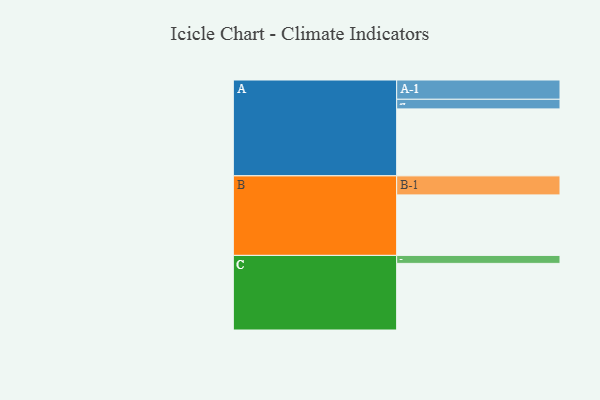
{"axis": {"x": "Segment", "y": "Value"}, "legend": ["", "A", "B", "C"], "data": [{"x": "A", "y": 570, "type": ""}, {"x": "B", "y": 515, "type": ""}, {"x": "C", "y": 567, "type": ""}, {"x": "A-1", "y": 164, "type": "A"}, {"x": "A-2", "y": 82, "type": "A"}, {"x": "B-1", "y": 162, "type": "B"}, {"x": "C-1", "y": 68, "type": "C"}]}